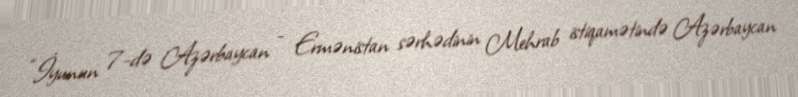
“İyunun 7-də Azərbaycan - Ermənistan sərhədinin Mehrab istiqamətində Azərbaycan